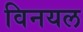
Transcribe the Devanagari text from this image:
विनयल